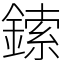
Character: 鎍